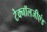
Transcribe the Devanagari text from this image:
टेक्नॉलजीएंड